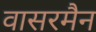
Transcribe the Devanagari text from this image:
वासरमैन